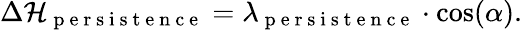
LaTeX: \Delta\mathcal{H}_{\mathrm{~p~e~r~s~i~s~t~e~n~c~e~}}=\lambda_{\mathrm{~p~e~r~s~i~s~t~e~n~c~e~}}\cdot\cos(\alpha).